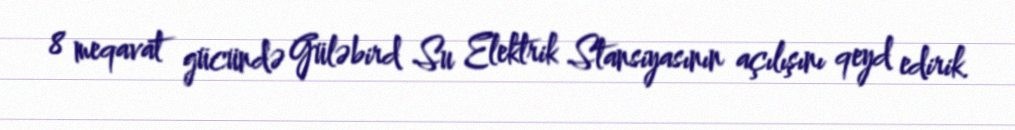
8 meqavat gücündə Güləbird Su Elektrik Stansiyasının açılışını qeyd edirik.